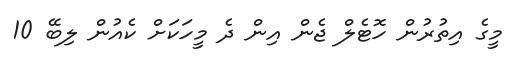
މީގެ އިތުރުން ހޮޓެލް ޖެން އިން ދެ މީހަކަށް ކެއުން ލިބޭ 10